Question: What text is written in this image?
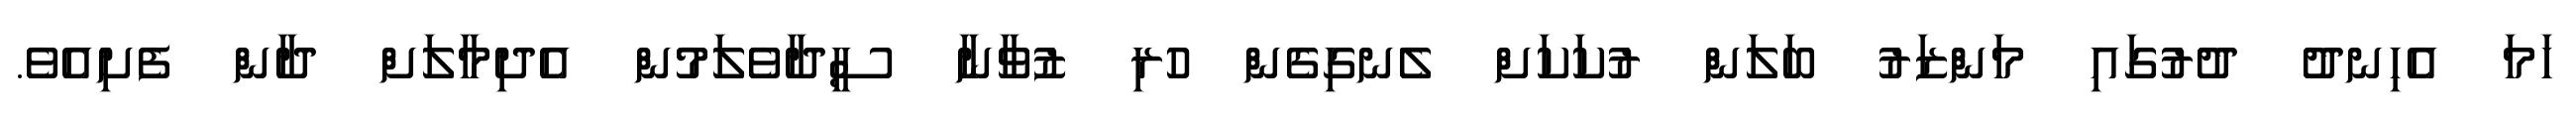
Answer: ހަމަ އެހިނދު ދުރުގައި މަންޒަރު ބަލަން ރުކަކަށް ލެނގިގެން ހުރި ޒުވާނާ ސީދާވެލަމުން އެދިމާލަށް ދާން ފެށިއެވެ.